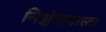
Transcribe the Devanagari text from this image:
निश्चेतावास्ता